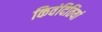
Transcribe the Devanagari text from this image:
किवंदितियां